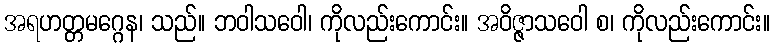
အရဟတ္တမဂ္ဂေန၊ သည်။ ဘဝါသဝေါ၊ ကိုလည်းကောင်း။ အဝိဇ္ဇာသဝေါ စ၊ ကိုလည်းကောင်း။